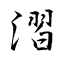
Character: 漝